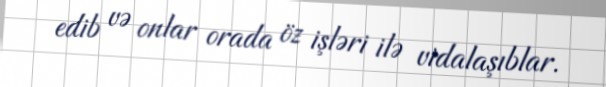
edib və onlar orada öz işləri ilə vidalaşıblar.